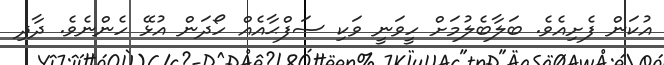
އުކަން ފެށިއެވެ. ބަލާބެލުމަށް ހީވަނީ ވަކި ސަފްޙާއެއް ހޯދަން އުޅޭ ހެންނެވެ. ދާދި